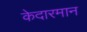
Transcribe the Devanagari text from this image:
केदारमान